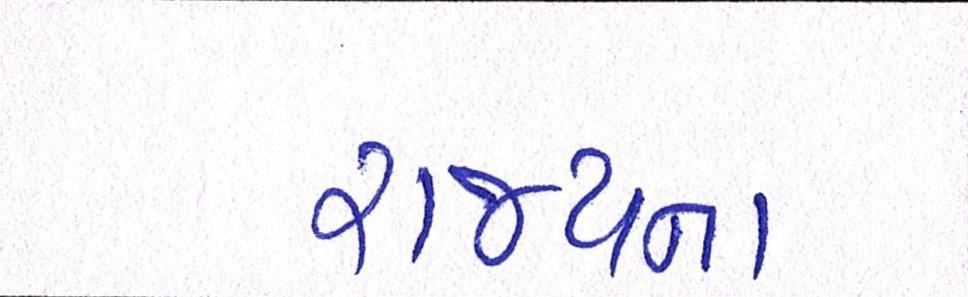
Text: રાજ્યના